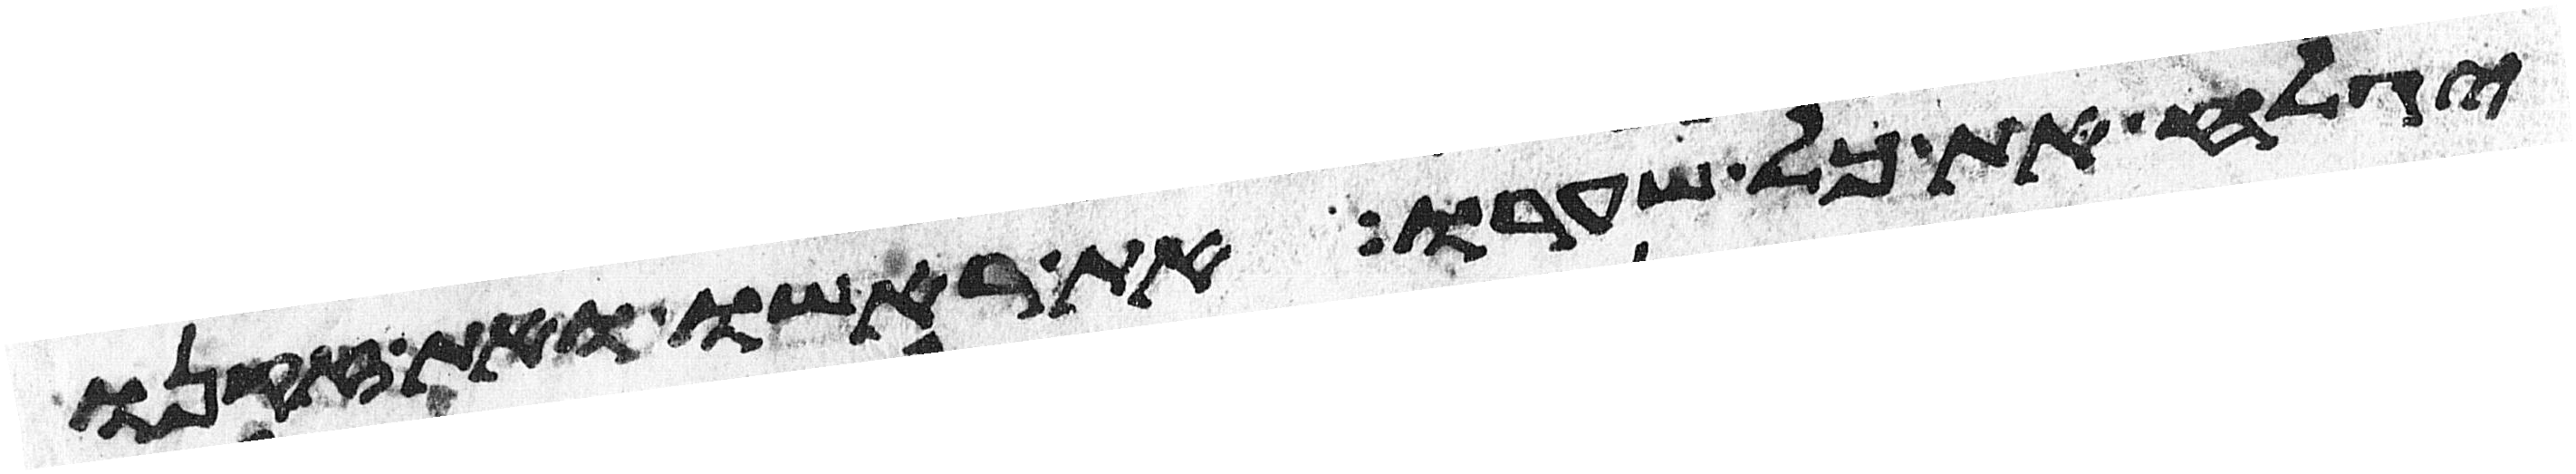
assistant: יגלח את כל שערו את ראשו ואת זקנו